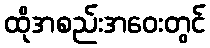
ထိုအစည်းအဝေးတွင်